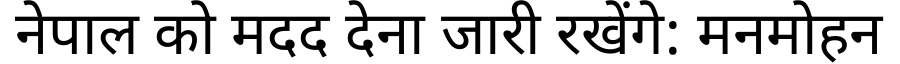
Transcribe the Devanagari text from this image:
नेपाल को मदद देना जारी रखेंगे: मनमोहन